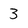
Character: 3